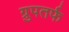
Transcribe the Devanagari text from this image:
ग्रुपतर्फ